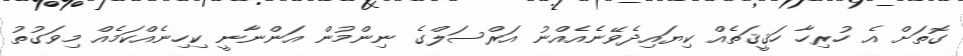
ގޮތަށް އެ ހުރިހާ ހަޤީޤަތެއް ކިޔައިދެވޭނެއެއްނު އަރްސަލްގެ ނިންމުން އަންނާނީ ކިހިނެއްކަމެއް މިވަގުތު